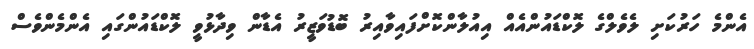
އެންމެ ހަރުކަށި ލެވެލްގެ ލޮކްޑައުންއެއް އިއުލާންކޮށްފައިވާއިރު ބޮޑުވަޒީރު އެޑާން ވިދާޅުވީ ލޮކްޑައުންގައި އެންމެންވެސް